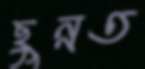
ছুন্নত